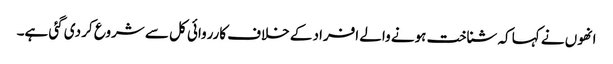
انھوں نے کہا کہ شناخت ہونے والے افراد کے خلاف کارروائی کل سے شروع کر دی گئی ہے۔